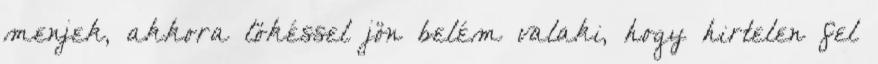
menjek, akkora lökéssel jön belém valaki, hogy hirtelen fel